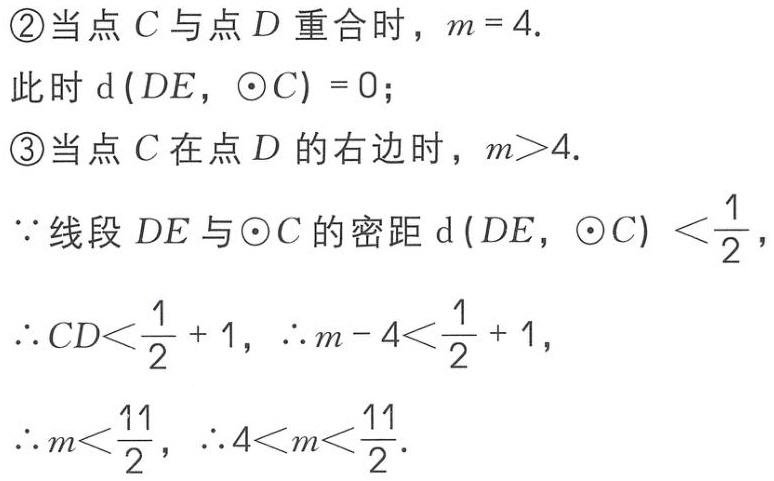
\textcircled{2}当点\(C\)与点\(D\)重合时，\(m = 4\).
此时\(\mathrm{d}(DE,\odot C)=0\)；
\textcircled{3}当点\(C\)在点\(D\)的右边时，\(m>4\).
\(\because\)线段\(DE\)与\(\odot C\)的密距\(\mathrm{d}(DE,\odot C)<\frac{1}{2}\)，
\(\therefore CD<\frac{1}{2}+1\)，\(\therefore m - 4<\frac{1}{2}+1\)，
\(\therefore m<\frac{11}{2}\)，\(\therefore 4<m<\frac{11}{2}\).